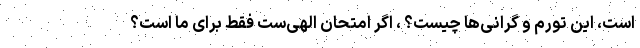
است، این تورم و گرانی‌ها چیست؟ ، اگر امتحان الهی‌ست فقط برای ما است؟